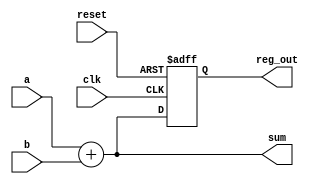
module example (
    input wire clk,            // Clock input
    input wire reset,          // Asynchronous reset input
    input wire [3:0] a,       // 4-bit input signal a
    input wire [3:0] b,       // 4-bit input signal b
    output reg [3:0] sum,     // 4-bit output for sum
    output reg [3:0] reg_out   // 4-bit output register
);

    // Always @* block for combinational logic
    always @* begin
        sum = a + b;           // Sum of inputs a and b
    end

    // Always @(posedge clk) block for synchronous logic
    always @(posedge clk or posedge reset) begin
        if (reset) begin
            reg_out <= 4'b0000; // Reset output register to 0
        end else begin
            reg_out <= sum;     // Update output register with sum on clock edge
        end
    end

endmodule